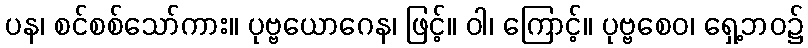
ပန၊ စင်စစ်သော်ကား။ ပုဗ္ဗယောဂေန၊ ဖြင့်။ ဝါ၊ ကြောင့်။ ပုဗ္ဗစေဝ၊ ရှေ့ဘဝ၌